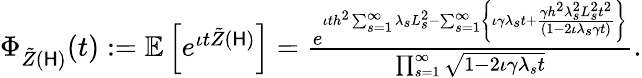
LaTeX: \begin{array}{r}{\Phi_{\tilde{Z}(\mathsf{H})}(t):=\mathbb{E}\left[e^{\iota t\tilde{Z}(\mathsf{H})}\right]=\frac{e^{\iota th^{2}\sum_{s=1}^{\infty}\lambda_{s}L_{s}^{2}-\sum_{s=1}^{\infty}\left\{ \iota\gamma\lambda_{s}t+\frac{\gamma h^{2}\lambda_{s}^{2}L_{s}^{2}t^{2}}{(1-2\iota\lambda_{s}\gamma t)}\right\} }}{\prod_{s=1}^{\infty}\sqrt{1-2\iota\gamma\lambda_{s}t}}.}\end{array}